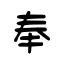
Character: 奉